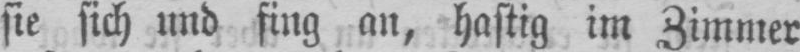
sie sich und fing an, hastig im Zimmer